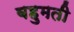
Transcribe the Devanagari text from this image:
बहुमती